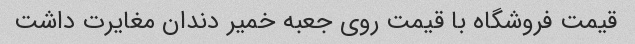
قیمت فروشگاه با قیمت روی جعبه خمیر دندان مغایرت داشت